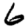
Digit: 6